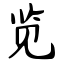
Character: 览